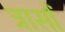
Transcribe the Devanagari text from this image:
त्रासों